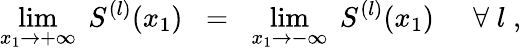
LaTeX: \operatorname*{lim}_{x_{1}\rightarrow+\infty}\; S^{(l)}(x_{1})\; \; =\; \; \operatorname*{lim}_{x_{1}\rightarrow-\infty}\; S^{(l)}(x_{1})\; \; \; \; \; \forall\; l\; ,